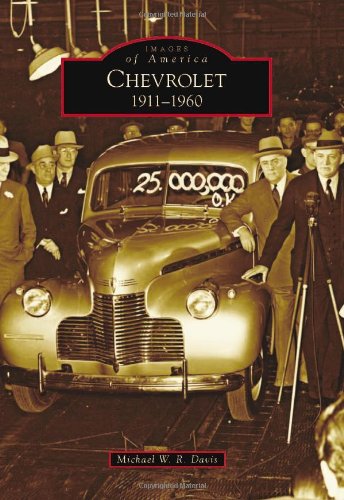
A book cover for Chevrolet: (Images of America); Michael W.R. Davis; Business & Money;